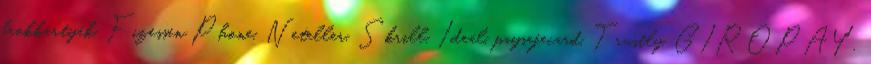
bankkártyák, Fizessen Phone, Neteller, Skrill, Ideál, paysafecard, Trustly, GIROPAY,